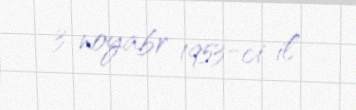
3 noyabr 1953-ci il